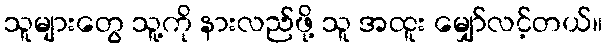
သူများတွေ သူ့ကို နားလည်ဖို့ သူ အထူး မျှော်လင့်တယ်။